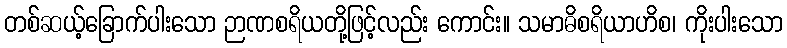
တစ်ဆယ့်ခြောက်ပါးသော ဉာဏစရိယတို့ဖြင့်လည်း ကောင်း။ သမာဓိစရိယာဟိစ၊ ကိုးပါးသော